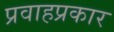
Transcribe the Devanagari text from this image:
प्रवाहप्रकार